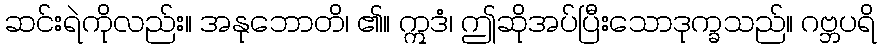
ဆင်းရဲကိုလည်း။ အနုဘောတိ၊ ၏။ ဣဒံ၊ ဤဆိုအပ်ပြီးသောဒုက္ခသည်။ ဂဗ္ဘပရိ